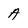
Character: A